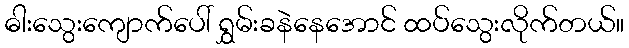
ဓါးသွေးကျောက်ပေါ် ရွှမ်းခနဲနေအောင် ထပ်သွေးလိုက်တယ်။